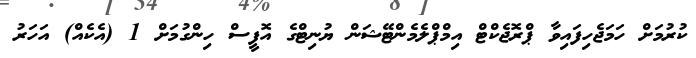
ކުރުމަށް ހަމަޖެހިފައިވާ ޕްރޮޖެކްޓް އިމްޕްލެމެންޓޭޝަން ޔުނިޓްގެ އޮފީސް ހިންގުމަށް 1 (އެކެއް) އަހަރު